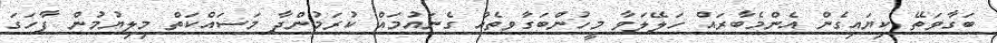
ބަގާވަތޭ ކިޔައިގެން އެންމެބާރައް ހަލޭލަވާ މީހުންބަގާވތެއް ގެނައުމައް ކުރަމުންދާ މަސައްކަތް މިލިޔުމުން ފާހަގަ